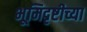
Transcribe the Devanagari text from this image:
भूमिदृष्टीच्या